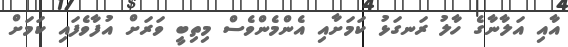
އާއި އަލާނާގެ ހާލު ރަނގަޅު ކަމަށާއި އެންމެންވެސް މިތިބީ ވަރަށް އުފާވެފައި ކަމަށް